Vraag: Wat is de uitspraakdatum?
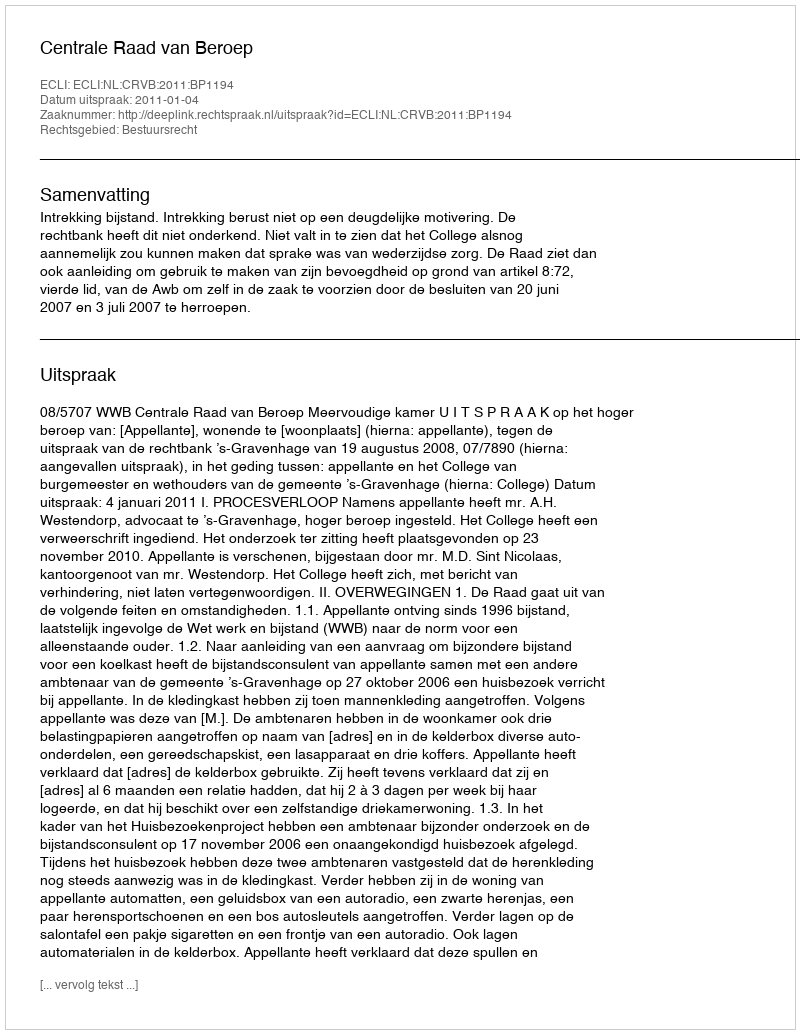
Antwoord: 2011-01-04